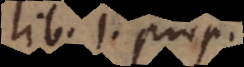
lib. 1. prop.